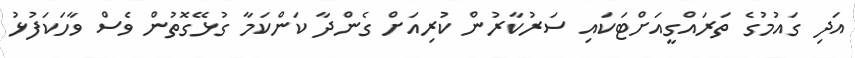
އަދި ގައުމުގެ ތަރައްގީއަށްޓަކައި ސަރުކާރުން ކުރިއަށް ގެންދާ ކަންކަމާ ގުޅޭގޮތުން ވެސް ވާހަކަފުޅު